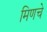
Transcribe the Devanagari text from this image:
मिणचे